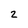
Character: 2